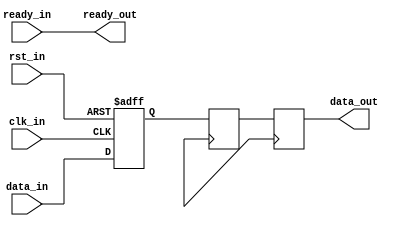
module Synchronizer(
    input wire clk_in, // input clock domain
    input wire rst_in, // input reset signal
    input wire data_in, // incoming data signal from input clock domain
    output reg data_out, // output data signal to output clock domain
    output wire ready_out, // output ready signal to output clock domain
    input wire ready_in // incoming ready signal from output clock domain
);

reg flip_flop1;
reg flip_flop2;

always @ (posedge clk_in or posedge rst_in) begin
    if (rst_in) begin
        flip_flop1 <= 1'b0;
    end else begin
        flip_flop1 <= data_in;
    end
end

always @ (posedge clk_out) begin
    flip_flop2 <= flip_flop1;
    data_out <= flip_flop2;
end

assign ready_out = ready_in;

endmodule